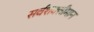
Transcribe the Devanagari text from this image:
सर्वशक्तीमान